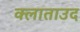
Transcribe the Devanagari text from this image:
क्लाताउद